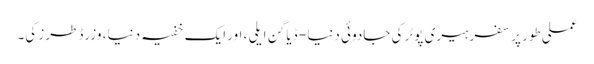
عملی طور پر سفر ہیری پوٹر کی جادوئی دنیا - ڈیاگن ایلی ، اور ایک خفیہ دنیا ، وزرڈ طرز کی۔